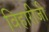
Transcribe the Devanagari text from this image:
विहारीजी